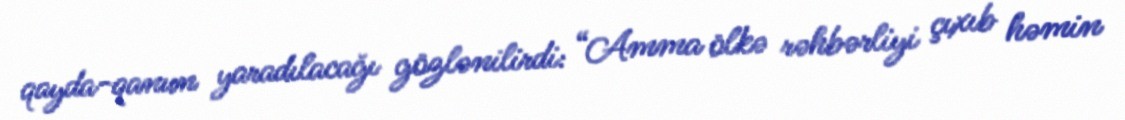
qayda-qanun yaradılacağı gözlənilirdi: “Amma ölkə rəhbərliyi çıxıb həmin